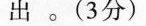
出。(3分)